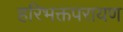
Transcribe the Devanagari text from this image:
हरिभक्तपरायण